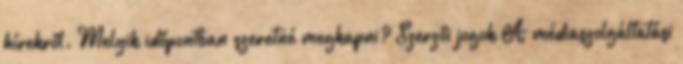
hírekről. Melyik időpontban szeretné megkapni? Szerzői jogok A médiaszolgáltatási